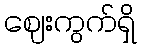
ဈေးကွက်ရှိ